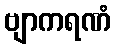
ဗျာကရဏံ